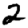
Digit: 2